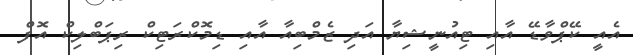
އެއީ ކޭޕްވާޑޭ އާއި ޓިއުނީޝިޔާ އަދި ޒެމްބިއާ އާއި ޑިމޮކްރަޓިކް ރިޕަބްލިކް އޮފް